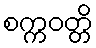
စက္ကဝတ္တိ